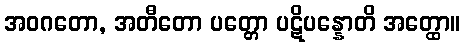
အဝဂတော, အတီတော ပတ္တော ပဋိပန္နောတိ အတ္ထော။